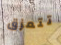
تتمزق